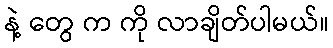
နဲ့ တွေ က ကို လာချိတ်ပါမယ်။